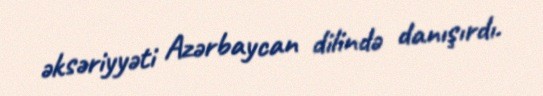
əksəriyyəti Azərbaycan dilində danışırdı.